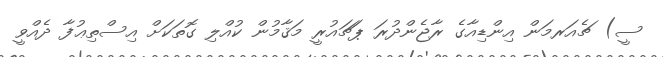
ސީ) ޗެއަރމަން އިންޑިއާގެ ރާޖެންދުރަ ޕަޗައުރީ މަޤާމުން ކުއްލި ގޮތަކަށް އިސްތިޢުފާ ދެއްވީ